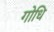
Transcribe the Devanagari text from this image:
गोधि